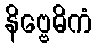
နိဗ္ဗေဓိကံ